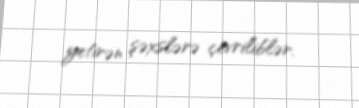
yetirən şəxslərə çevriliblər.